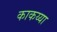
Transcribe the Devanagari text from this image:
काकय्या